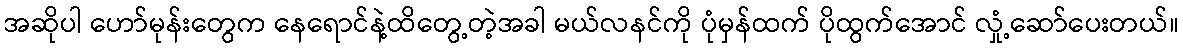
အဆိုပါ ဟော်မုန်းတွေက နေရောင်နဲ့ထိတွေ့တဲ့အခါ မယ်လနင်ကို ပုံမှန်ထက် ပိုထွက်အောင် လှုံ့ဆော်ပေးတယ်။